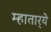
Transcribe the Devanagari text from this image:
म्हातार्‍ये